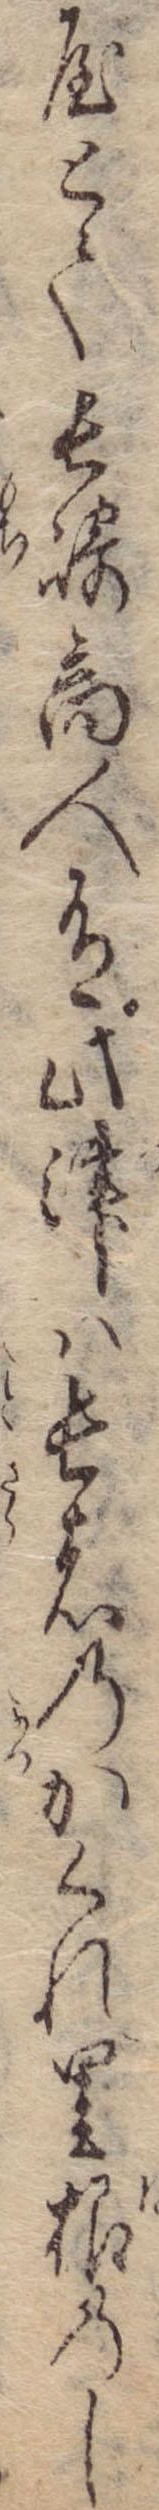
屋とて長崎商人有此津は長者のかくれ里根のし